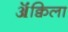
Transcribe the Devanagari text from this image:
ॲक्विला